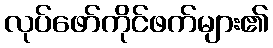
လုပ်ဖော်ကိုင်ဖက်များ၏